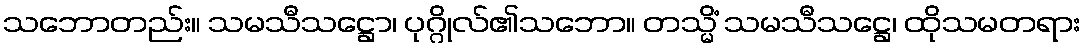
သဘောတည်း။ သမသီသဋ္ဌော၊ ပုဂ္ဂိုလ်၏သဘော။ တသ္မိံ သမသီသဋ္ဌေ၊ ထိုသမတရား